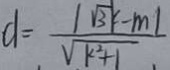
d = \frac { \vert \sqrt { 3 k } - m \vert } { \sqrt { k ^ { 2 } + 1 } }